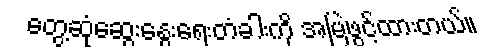
တွေ့ဆုံဆွေးနွေးရေးတံခါးကို အမြဲဖွင့်ထားတယ်။